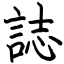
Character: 誌